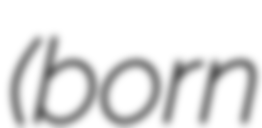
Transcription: (born